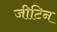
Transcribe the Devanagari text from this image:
जीटिन